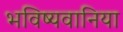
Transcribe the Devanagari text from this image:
भविष्यवानिया